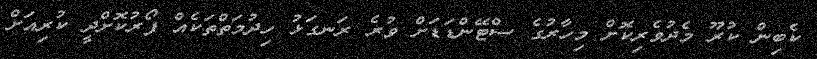
ކެބިން ކުރޫ މެދުވެރިކޮށް މިހާރުގެ ސްޓޭންޑަޑަށް ވުރެ ރަނގަޅު ހިދުމަތްތަކެއް ފޯރުކޮށްދީ ކުރިއަށް